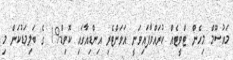
މައުސޫމް މިހެން ޓްވީޓެއް ކުރައްވާފައިވަނީ އަވަށްޓެރި އިންޑިއާގައި ކޮވިޑް-19 ގެ ބަލިމަޑުކަން މި